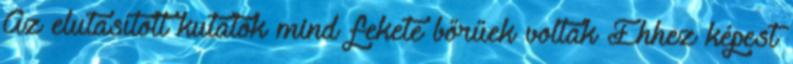
Az elutasított kutatók mind fekete bőrűek voltak Ehhez képest